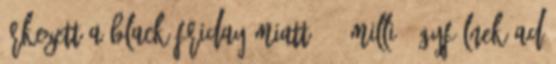
érkezett a Black Friday miatt 1,7 millió ügyfélnek ad